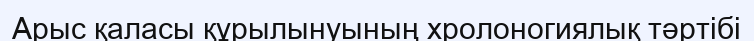
Арыс қаласы құрылынуының хролоногиялық тәртібі